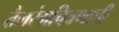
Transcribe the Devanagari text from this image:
तैलरंगचित्रणाची